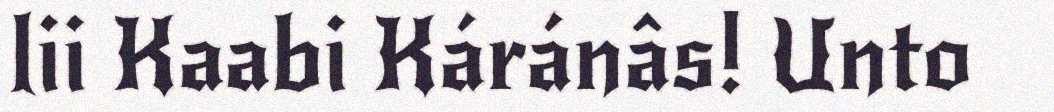
lii Kaabi Káránâs! Unto